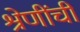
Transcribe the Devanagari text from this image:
श्रेणींची